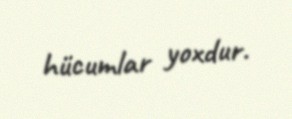
hücumlar yoxdur.